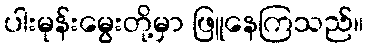
ပါးမုန်းမွေးတို့မှာ ဖြူနေကြသည်။